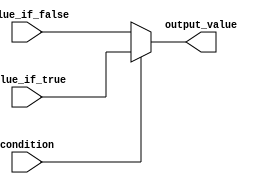
module conditional_assignment(
    input wire condition,          // Input condition
    input wire [7:0] value_if_true,  // Value assigned if condition is true
    input wire [7:0] value_if_false, // Value assigned if condition is false
    output wire [7:0] output_value  // Output value based on the condition
);

// Continuous assignment using the ternary operator
assign output_value = condition ? value_if_true : value_if_false;

endmodule